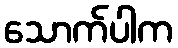
သောက်ပါက